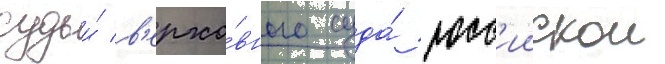
судьи́ в'ерхо́вного суда́ росс'иискои